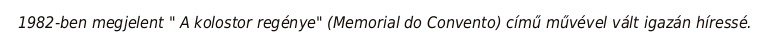
1982-ben megjelent " A kolostor regénye" (Memorial do Convento) című művével vált igazán híressé.